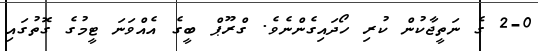
2-0 ގެ ނަތީޖާކުން ކުރި ހޯދައިގެންނެވެ. ގްރޫޕް ބީގެ އެއްވަނަ ޓީމުގެ ގޮތުގައި